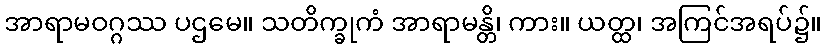
အာရာမဝဂ္ဂဿ ပဌမေ။ သတိက္ခုကံ အာရာမန္တိ၊ ကား။ ယတ္ထ၊ အကြင်အရပ်၌။